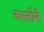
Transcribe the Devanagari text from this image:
बस्तीने